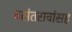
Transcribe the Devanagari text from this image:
वसंतरावांसह